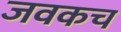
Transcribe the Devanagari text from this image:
जवकच